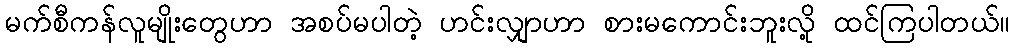
မက်စီကန်လူမျိုးတွေဟာ အစပ်မပါတဲ့ ဟင်းလျှာဟာ စားမကောင်းဘူးလို့ ထင်ကြပါတယ်။